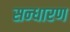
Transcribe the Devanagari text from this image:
सन्‍धारण